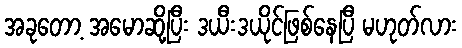
အခုတော့ အမောဆို့ပြီး ဒယီးဒယိုင်ဖြစ်နေပြီ မဟုတ်လား